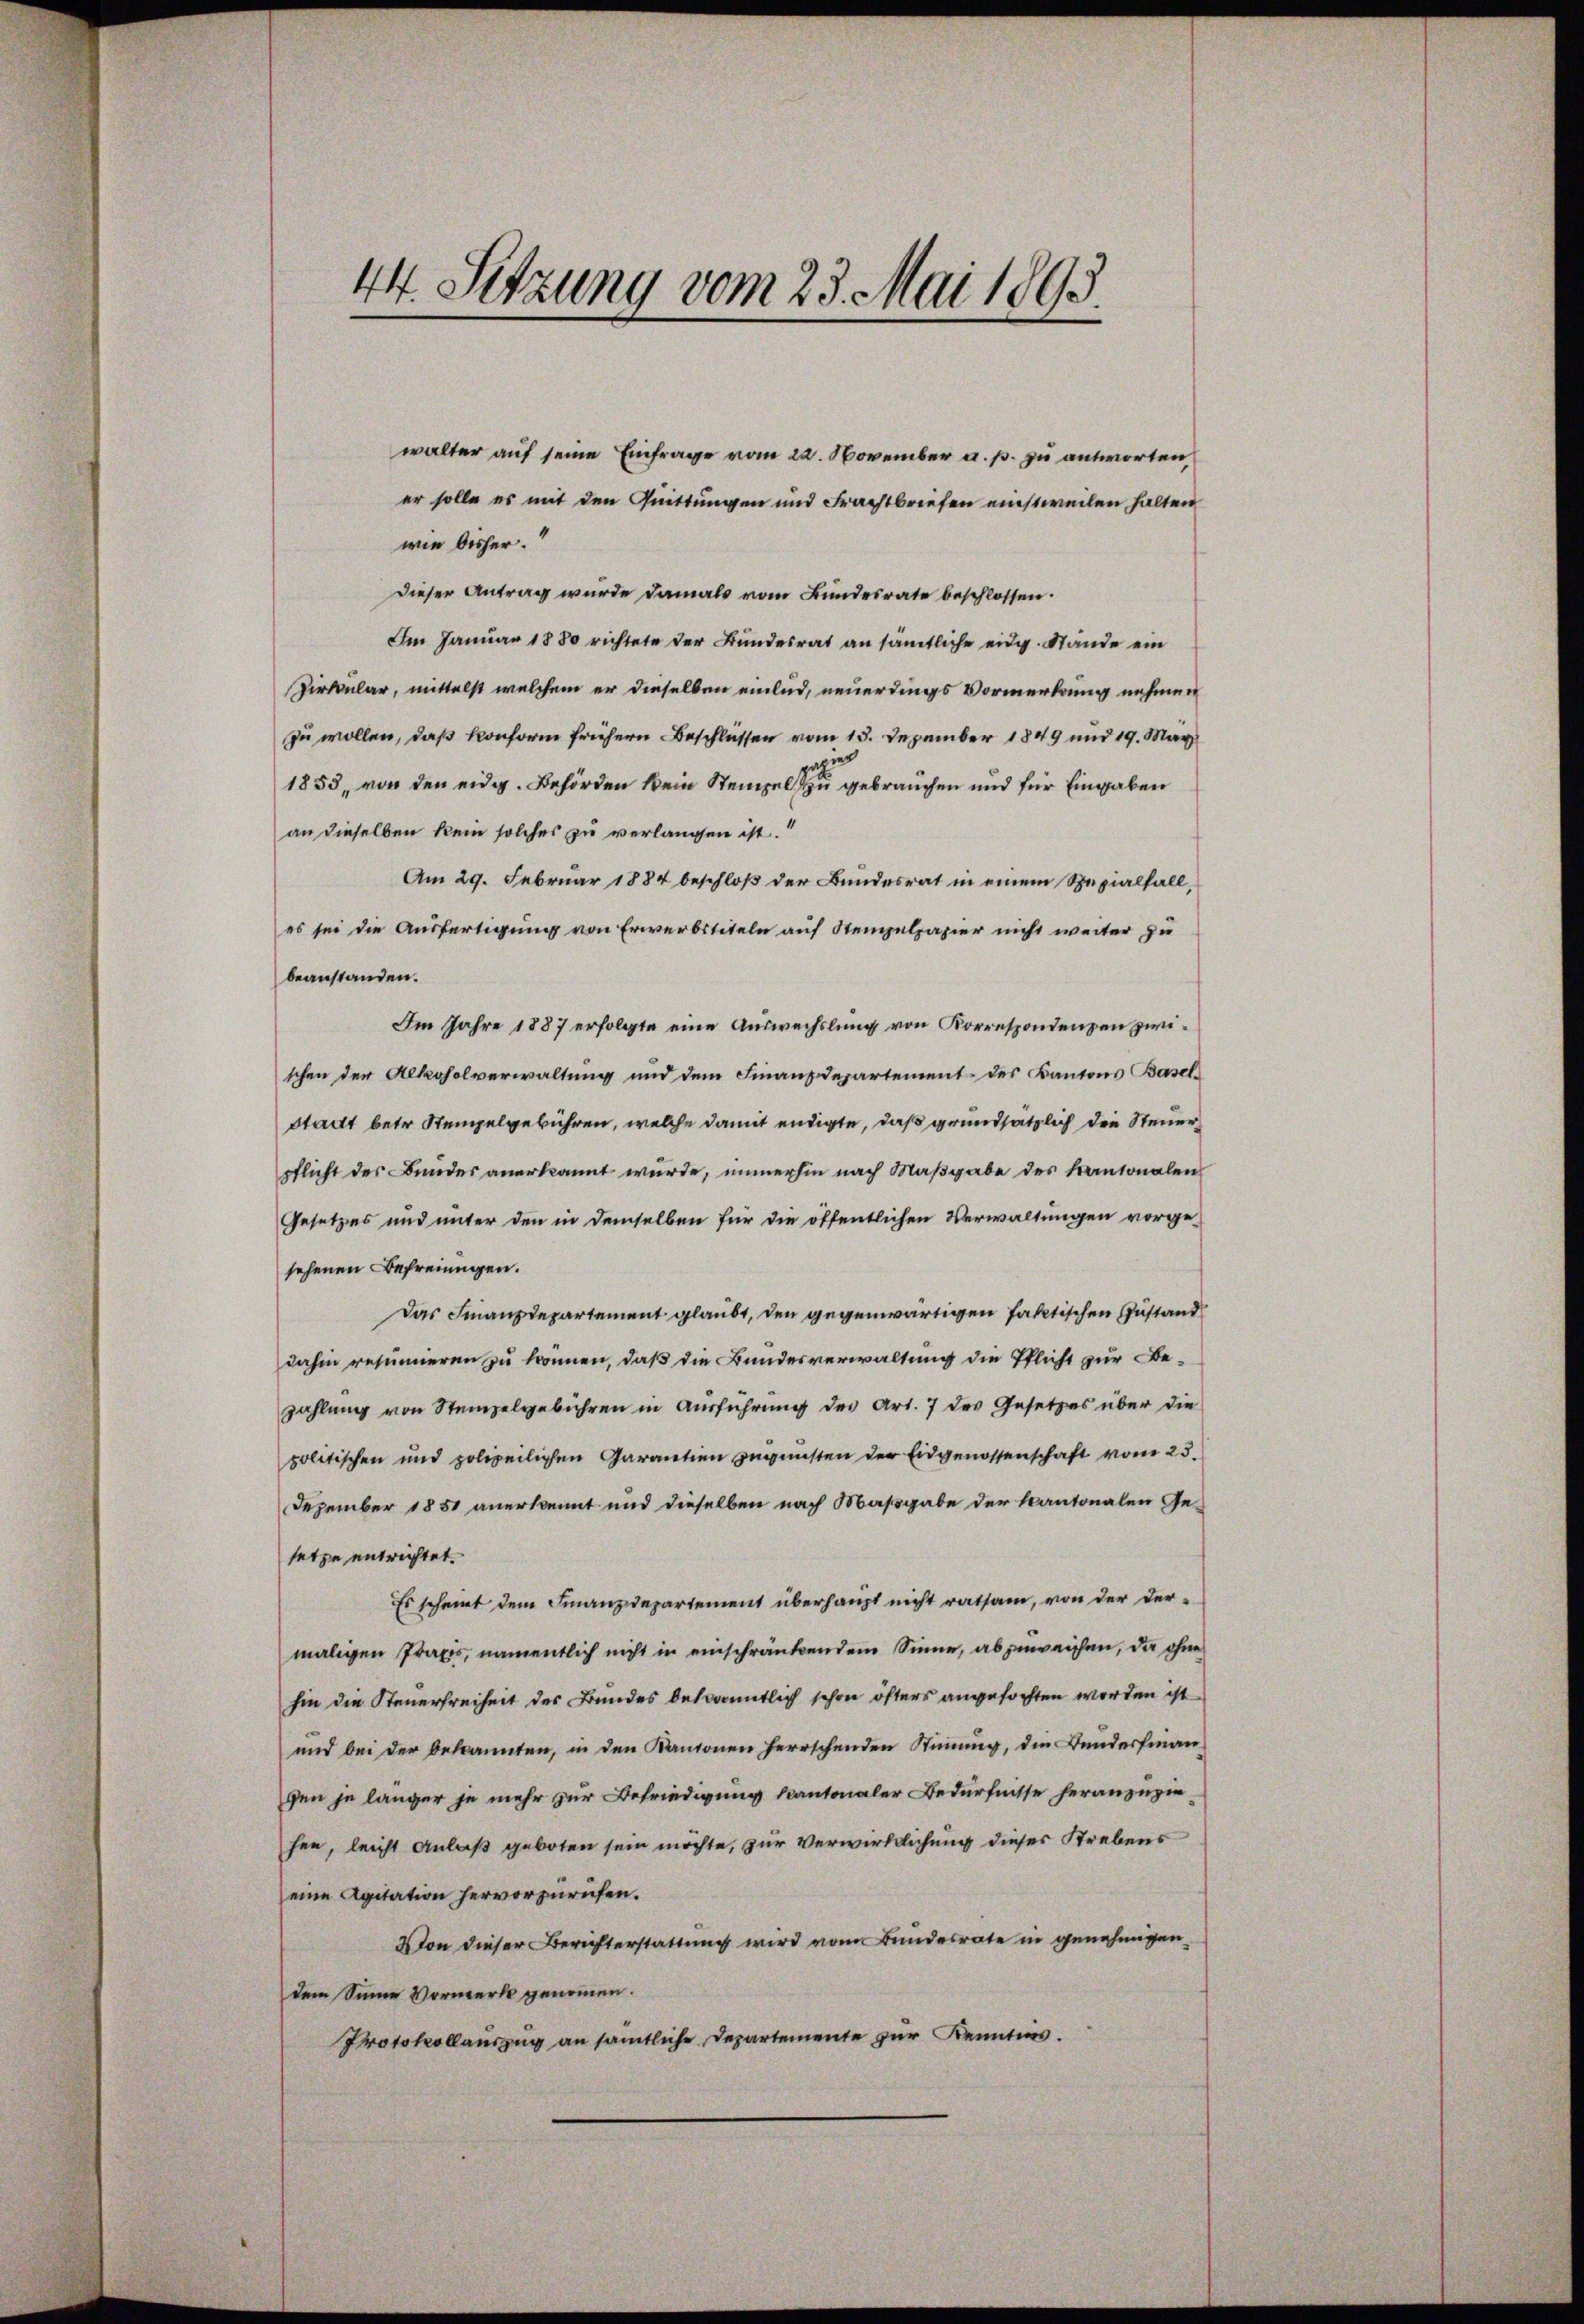
44. Sitzung vom 23. Mai 1895.

walter auf seine Einfrage vom 22. November a. p. zu antworten
er solle es mit den Quittungen und Frachtbriefen einstweilen halten
wie bisher.
Dieser Antrag wurde damals vom Bundesrate beschlossen.
Im Januar 1880 richtete der Bundesrat an sämtliche eidg. Stände ein
Zirkular, mittelst welchem er dieselben einlud, neuerdings Vormerkung nehmen
zu wollen, daß Conform frühern Beschlüssen vom 15. Dezember 1849 und 19. März
1853, von den eidg. Behörden kein Stempel zu gebrauchen und für Eingaben
an dieselben kein solches zu verlangen ist.
Am 29. Februar 1884 beschloß der Bundesrat in einem Spezialfall,
es sei die Ausfertigung von Erwerbstiteln auf Stempelpapier nicht weiter zu
beanstanden.
Im Jahre 1887 erfolgte eine Auswechslung von Korrespondenzen zwischen der Alkoholverwaltung und dem Finanzdepartement des Kantons Baselstadt betr. Stempelgebühren, welche damit endigte, daß grundsätzlich die Steuerpflicht des Bundes anerkannt wurde, immerhin nach Maßgabe des Kantonalen
Gesetzes und unter den in demselben für die öffentlichen Verwaltungen vorgesehenen Befreiungen.
Das Finanzdepartement glaubt, den gegenwärtigen faktischen Zustand
dahin resinneren zu können, daß die Bundesverwaltung die Pflicht zur Bezahlŭng von Stempelgebühren in Aŭsführŭng des Art. 7 des Gesetzes über die
politischen und polizeilichen Garantien zŭgŭnsten der Eidgenossenschaft vom 23.
Dezember 1851 anerkennt und dieselben nach Maßgabe der kantonalen Ge-
setze entrichtet.
Es scheint dem Finanzdepartement überhaupt nicht ratsam, von der der-
maligen Praxis, namentlich nicht in einschränkendem Sinne, abzuweichen, da ohne
hin die Steuerfreiheit des Bundes bekanntlich schon öfters angefochten worden ist
und bei der bekannten, in den Kantonen herrschenden Stimmung, die Bunderfinan
gen je länger je mehr zur Befriedigung kantonaler Bedürfnisse heranzuzie-
hen, leicht Anlaß geboten sein möchte, zur Verwirklichung dieser Strebens
eine Agitation hervorzurufen.
Von dieser Berichterstattung wird vom Bundesrate in genehmigen,
dem Sinne Vormerk genommen.
Protokollauszug an sämtliche Departemente zur Kennties.